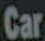
Car